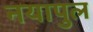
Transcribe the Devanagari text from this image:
नयापुल